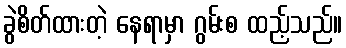
ခွဲစိတ်ထားတဲ့ နေရာမှာ ဂွမ်းစ ထည့်သည်။